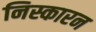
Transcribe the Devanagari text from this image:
निस्कारन